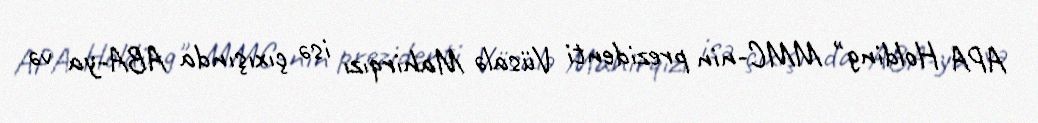
APA Holding" MMC-nin prezidenti Vüsalə Mahirqızı isə çıxışında ABA-ya və